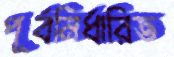
পূর্বনির্ধারিত